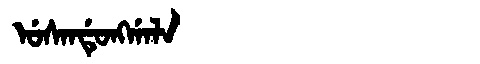
Manchu: ᡠᠰᠠᠨᡩᡠᠩᡤᠠᠯᠠ
Romanization: USANDUNGGALA